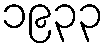
၁၉၃၃